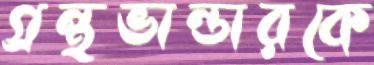
গ্রন্থভান্ডারকে